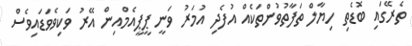
ތެރޭގައި ބޮޑެތި ހިޔާލް ތަފާތުވުންތަކެއް އުފެދި އުމަރު ވަނީ ޕީޕީއެމްއިން އޭރު ވަކިވެވަޑައިވެސް